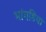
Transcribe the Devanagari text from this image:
भांगडिया